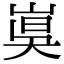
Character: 𡸦